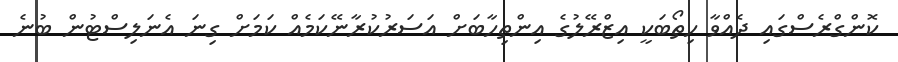
ކޮންގްރެސްގައި ދެއްވާ ހިތޯބަކީ އިޒްރޭލުގެ އިންތިހާބަށް އަސަރުކުރާނޭކަމެއް ކަމަށް ގިނަ އެނަލިސްޓުން ބުނެ